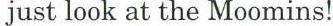
just look at the Moomins!